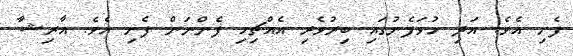
ފެށި އެވެ. އަދި ހުވަފެނުގައި ބިރުވެރި އެއްޗިހި ފެންނަން ފެށި އެވެ. އާރިޝާ